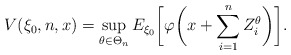
\begin{align*}&V(\xi_0,n,x)=\sup_{\theta\in \Theta_n} E_{\xi_0}\biggl[\varphi\biggl(x+\sum_{i=1}^n Z^\theta_i\biggr)\biggr].\end{align*}